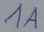
Text: 1A